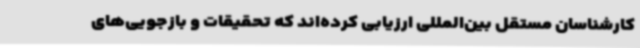
کارشناسان مستقل بین‌المللی ارزیابی کرده‌اند که تحقیقات و بازجویی‌های